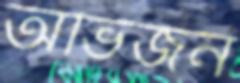
অভিজন